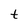
Character: t